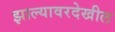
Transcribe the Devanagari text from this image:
झाल्यावरदेखील